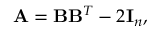
{ \bf A } = { \bf B } { \bf B } ^ { T } - 2 { \bf I } _ { n } ,